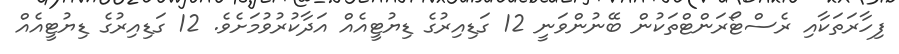
ފިހާރަތަކާއި ރެސްޓޯރަންޓްތަކުން ބޭނުންވަނީ 12 ގަޑިއިރުގެ ޑިޔުޓީއެއް އަދާކުރުވުމަށެވެ. 12 ގަޑިއިރުގެ ޑިޔުޓީއެއް